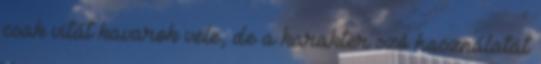
csak vitát kavarok vele, de a karakter szó használatát